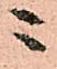
ニ